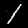
Label: 1